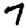
Digit: 7